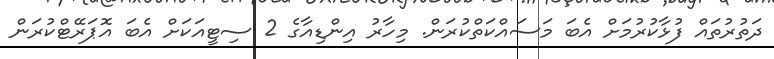
ދަތުރުތައް ފުޅާކުރުމަށް އެބަ މަސައްކަތްކުރަން. މިހާރު އިންޑިއާގެ 2 ސިޓީއަކަށް އެބަ އޮޕަރޭޓްކުރަން